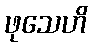
ဖုသေဟိ